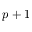
p + 1